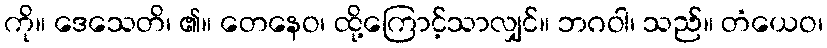
ကို။ ဒေသေတိ၊ ၏။ တေနေဝ၊ ထို့ကြောင့်သာလျှင်။ ဘဂဝါ၊ သည်။ တံယေဝ၊